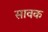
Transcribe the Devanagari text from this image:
सावक